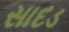
સાદડ